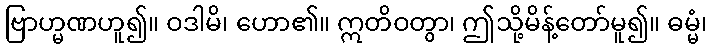
ဗြာဟ္မဏဟူ၍။ ဝဒါမိ၊ ဟော၏။ ဣတိဝတွာ၊ ဤသို့မိန့်တော်မူ၍။ ဓမ္မံ၊